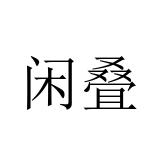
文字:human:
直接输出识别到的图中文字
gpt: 闲叠